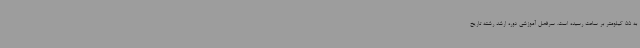
به 55 کیلومتر بر ساعت رسیده است. سرفصل آموزشی دوره ارشد رشته تاریخ